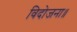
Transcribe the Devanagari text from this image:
विदोजना॥